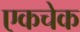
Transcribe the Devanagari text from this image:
एकचेक